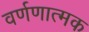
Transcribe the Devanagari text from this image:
वर्णणात्मक